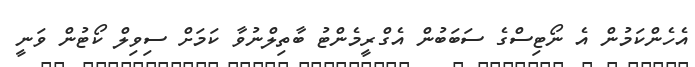
އެހެންކަމުން އެ ނޯޓިސްގެ ސަބަބުން އެގްރީމެންޓު ބާތިލްނުވާ ކަމަށް ސިވިލް ކޯޓުން ވަނީ